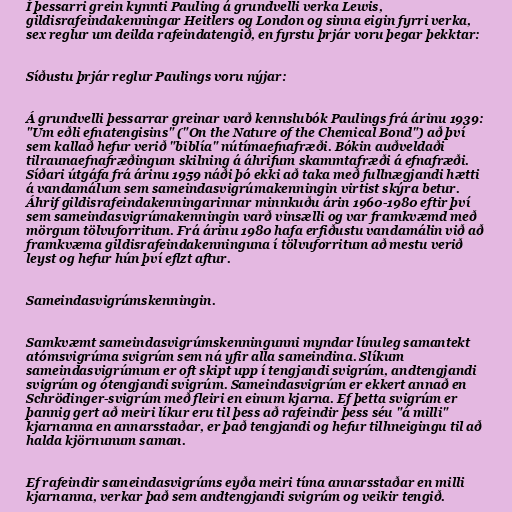
Í þessarri grein kynnti Pauling á grundvelli verka Lewis,
gildisrafeindakenningar Heitlers og London og sinna eigin fyrri verka,
sex reglur um deilda rafeindatengið, en fyrstu þrjár voru þegar þekktar:

Síðustu þrjár reglur Paulings voru nýjar:

Á grundvelli þessarrar greinar varð kennslubók Paulings frá árinu 1939:
"Um eðli efnatengisins" ("On the Nature of the Chemical Bond") að því
sem kallað hefur verið "biblía" nútímaefnafræði. Bókin auðveldaði
tilraunaefnafræðingum skilning á áhrifum skammtafræði á efnafræði.
Síðari útgáfa frá árinu 1959 náði þó ekki að taka með fullnægjandi hætti
á vandamálum sem sameindasvigrúmakenningin virtist skýra betur.
Áhrif gildisrafeindakenningarinnar minnkuðu árin 1960-1980 eftir því
sem sameindasvigrúmakenningin varð vinsælli og var framkvæmd með
mörgum tölvuforritum. Frá árinu 1980 hafa erfiðustu vandamálin við að
framkvæma gildisrafeindakenninguna í tölvuforritum að mestu verið
leyst og hefur hún því eflzt aftur.

Sameindasvigrúmskenningin.

Samkvæmt sameindasvigrúmskenningunni myndar línuleg samantekt
atómsvigrúma svigrúm sem ná yfir alla sameindina. Slíkum
sameindasvigrúmum er oft skipt upp í tengjandi svigrúm, andtengjandi
svigrúm og ótengjandi svigrúm. Sameindasvigrúm er ekkert annað en
Schrödinger-svigrúm með fleiri en einum kjarna. Ef þetta svigrúm er
þannig gert að meiri líkur eru til þess að rafeindir þess séu "á milli"
kjarnanna en annarsstaðar, er það tengjandi og hefur tilhneigingu til að
halda kjörnunum saman.

Ef rafeindir sameindasvigrúms eyða meiri tíma annarsstaðar en milli
kjarnanna, verkar það sem andtengjandi svigrúm og veikir tengið.